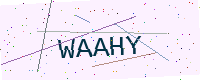
Text: WAAHY